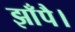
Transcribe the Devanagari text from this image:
झाँपै।